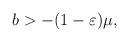
LaTeX: \begin{align*}b>-(1-\varepsilon)\mu,\end{align*}